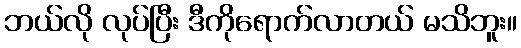
ဘယ်လို လုပ်ပြီး ဒီကိုရောက်လာတယ် မသိဘူး။